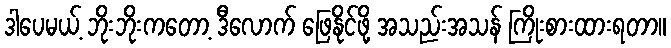
ဒါပေမယ့် ဘိုးဘိုးကတော့ ဒီလောက် ဖြေနိုင်ဖို့ အသည်းအသန် ကြိုးစားထားရတာ။